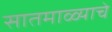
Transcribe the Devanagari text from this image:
सातमाळ्याचे